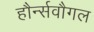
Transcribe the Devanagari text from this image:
हौर्न्सवौगल